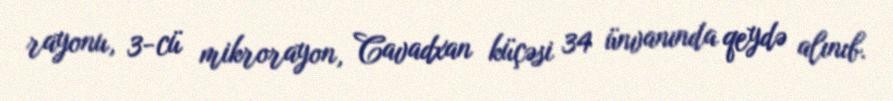
rayonu, 3-cü mikrorayon, Cavadxan küçəsi 34 ünvanında qeydə alınıb.